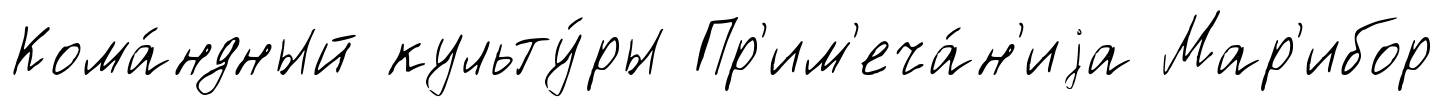
Кома́ндный культу́ры Пр'им'еча́н'иjа Мар'ибор